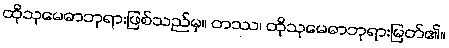
ထိုသုမေဓာဘုရားဖြစ်သည်မှ။ တဿ၊ ထိုသုမေဓာဘုရားမြတ်၏။